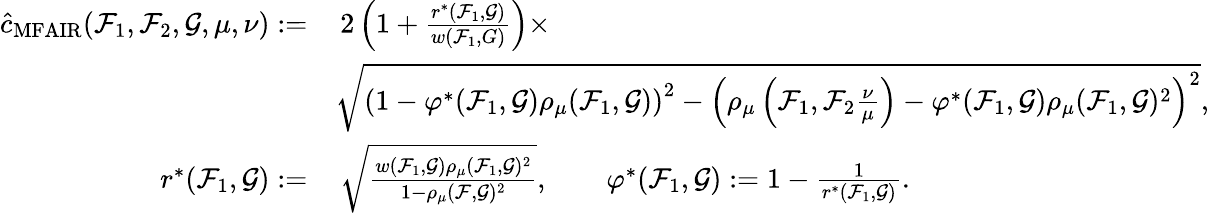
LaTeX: \begin{array}{rl}{\hat{c}_{\mathrm{MFAIR}}(\mathcal{F}_{1},\mathcal{F}_{2},\mathcal{G},\mu,\nu):=}&{\, 2\left(1+\frac{r^{\ast}(\mathcal{F}_{1},\mathcal{G})}{w(\mathcal{F}_{1},G)}\right)\times}\\ &{\sqrt{\left(1-\varphi^{\ast}(\mathcal{F}_{1},\mathcal{G})\rho_{\mu}(\mathcal{F}_{1},\mathcal{G})\right)^{2}-\left(\rho_{\mu}\left(\mathcal{F}_{1},\mathcal{F}_{2}\frac{\nu}{\mu}\right)-\varphi^{\ast}(\mathcal{F}_{1},\mathcal{G})\rho_{\mu}(\mathcal{F}_{1},\mathcal{G})^{2}\right)^{2}},}\\ {r^{\ast}(\mathcal{F}_{1},\mathcal{G}):=}&{\, \sqrt{\frac{w(\mathcal{F}_{1},\mathcal{G})\rho_{\mu}(\mathcal{F}_{1},\mathcal{G})^{2}}{1-\rho_{\mu}(\mathcal{F},\mathcal{G})^{2}}},\qquad\varphi^{\ast}(\mathcal{F}_{1},\mathcal{G}):=1-\frac{1}{r^{\ast}(\mathcal{F}_{1},\mathcal{G})}.}\end{array}